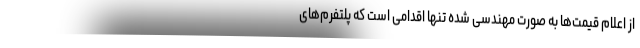
از اعلام قیمت‌ها به صورت مهندسی شده تنها اقدامی است که پلتفرم‌های